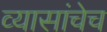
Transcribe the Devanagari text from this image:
व्यासांचेच